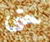
حتى